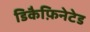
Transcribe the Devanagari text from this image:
डिकैफ़िनेटेड